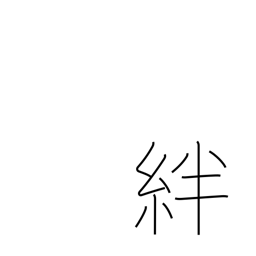
Meaning: fetters